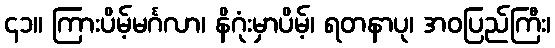
၄၁။ ကြားပိမ့်မင်္ဂလာ၊ နိဂုံးမှာပိမ့်၊ ရတနာပု၊ အဝပြည်ကြီး၊